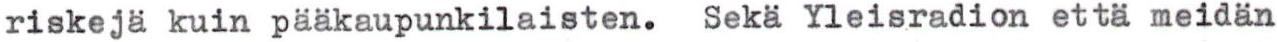
riskejä kuin pääkaupunkilaisten. Sekä Yleisradion että meidän